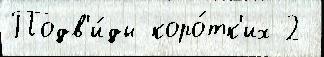
Подв'и́ды коро́тк'их 2